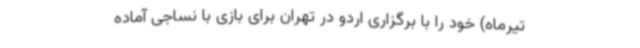
تیرماه) خود را با برگزاری اردو در تهران برای بازی با نساجی آماده